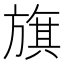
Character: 旗